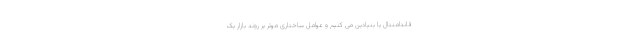
فاندامنتال یا بنیادین می کنیم و عوامل ساختاری موثر بر روند بازار یک